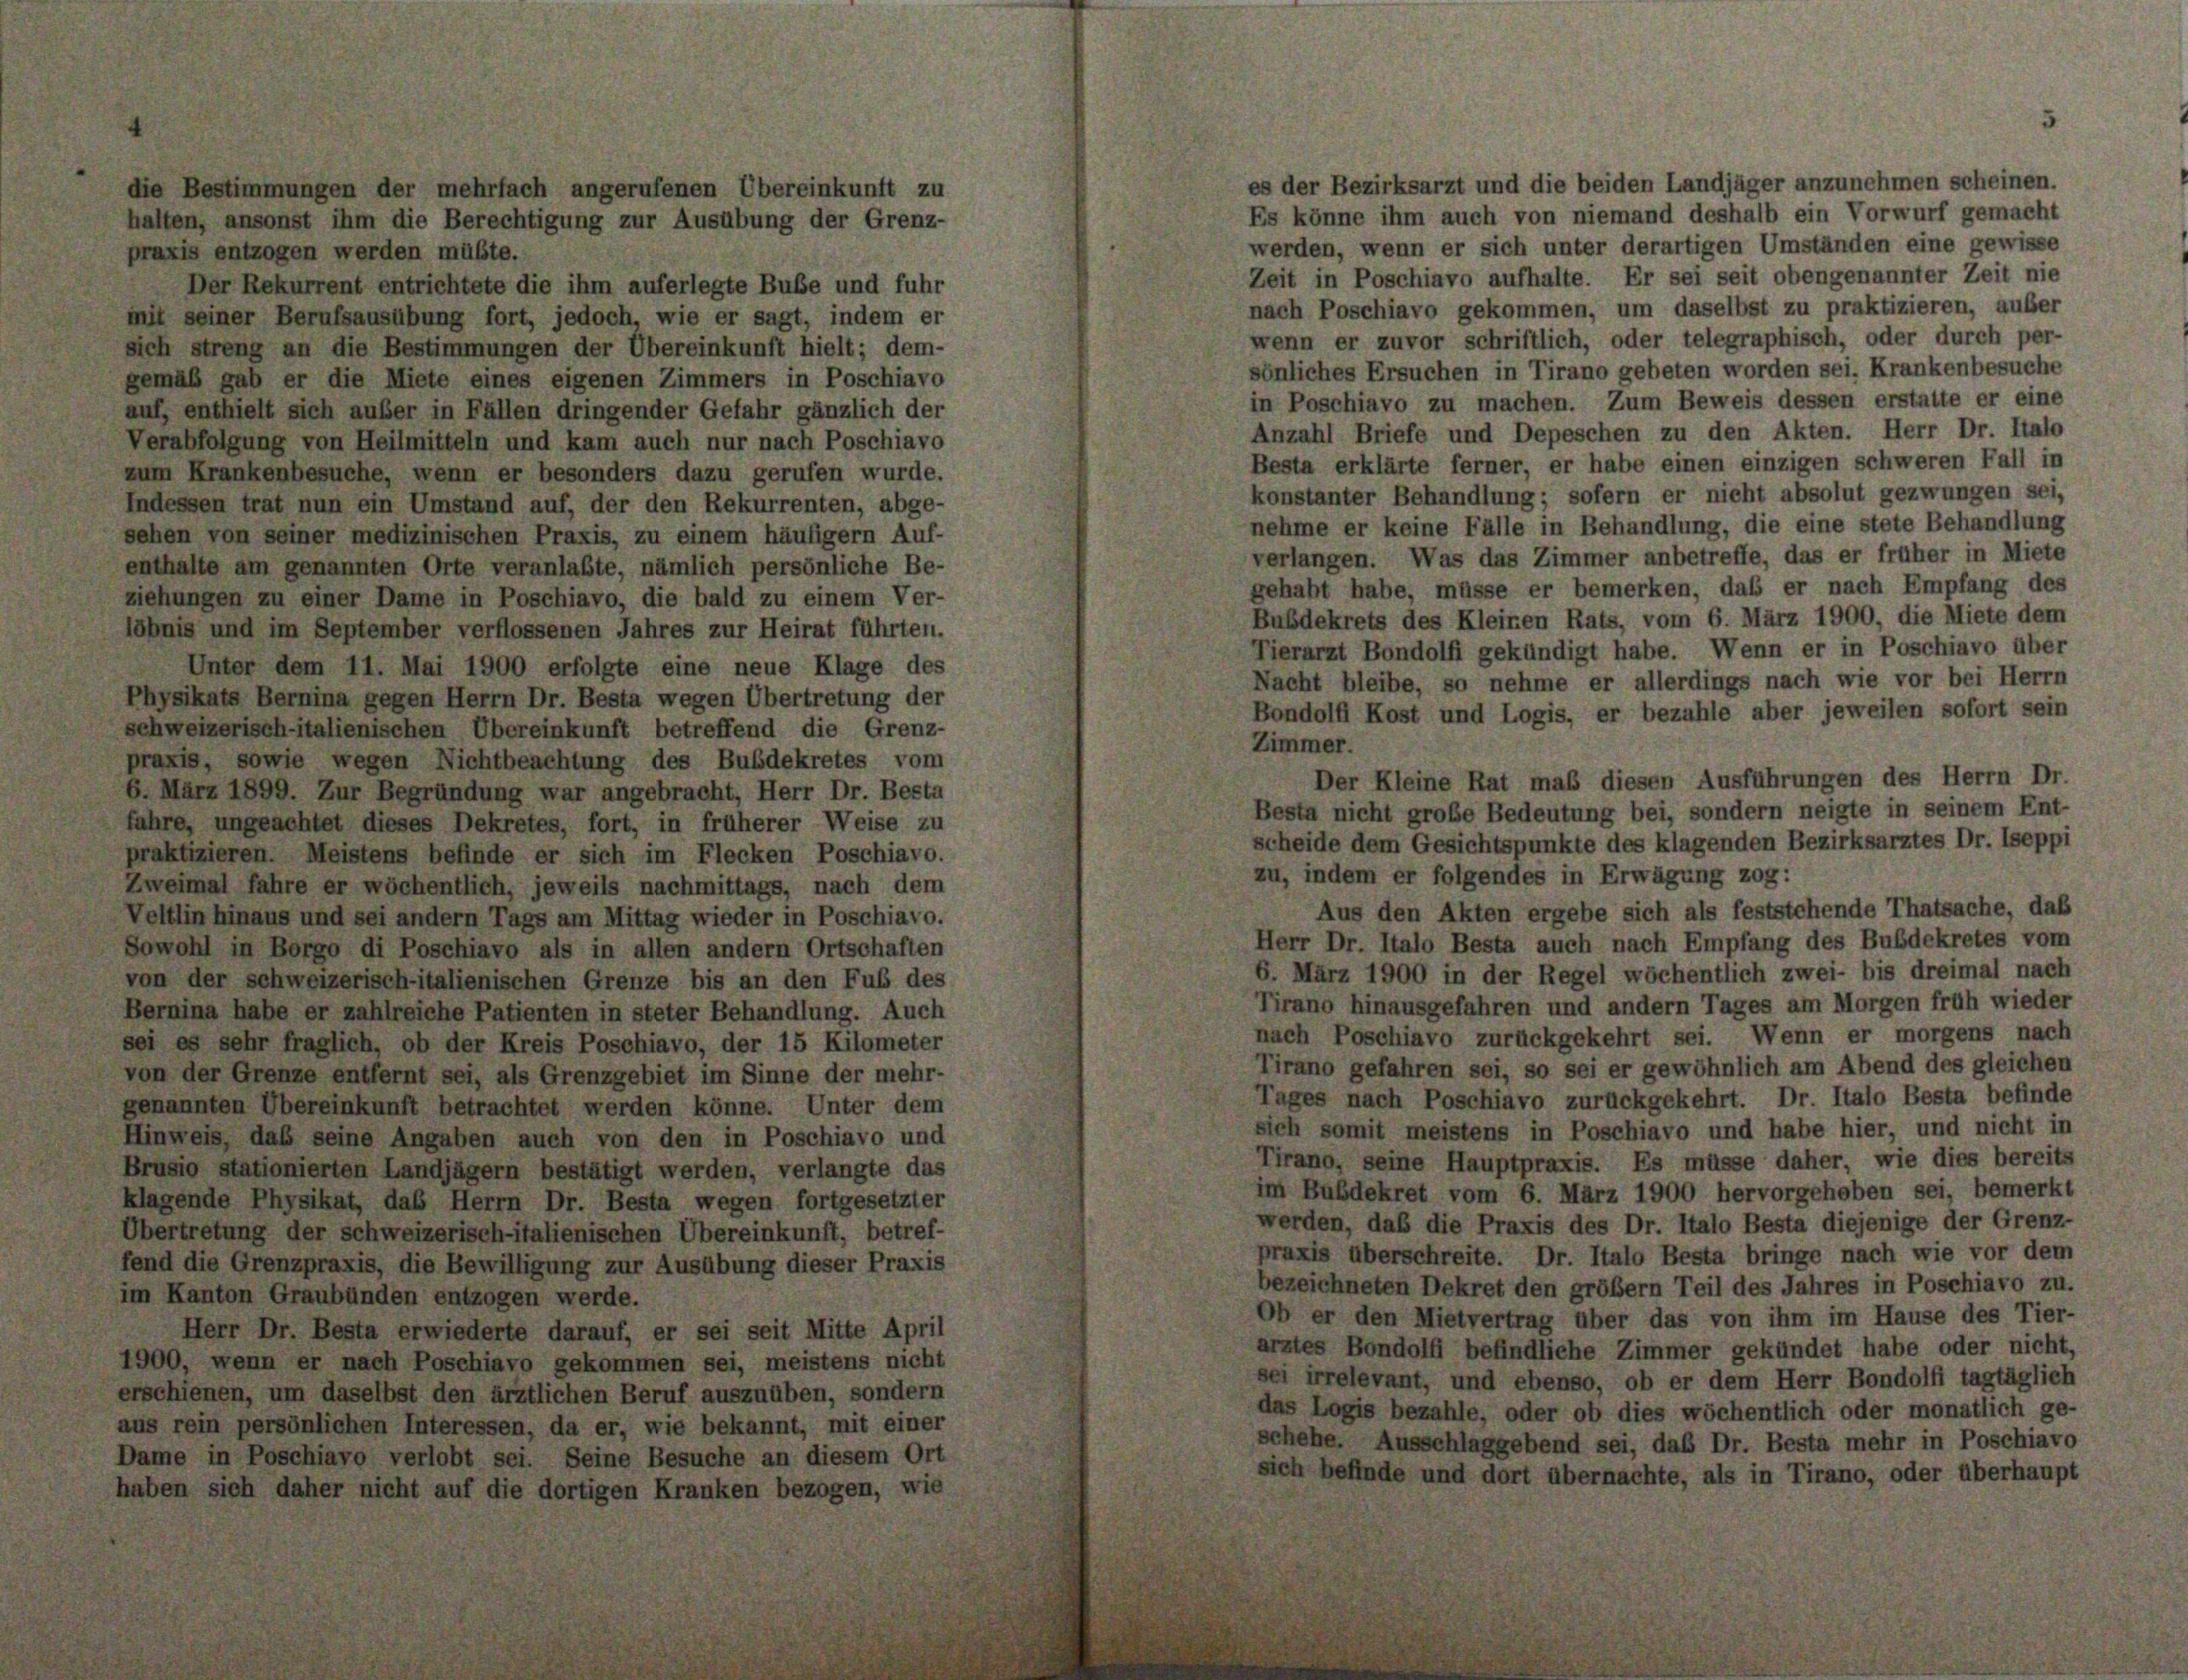
die Bestimmungen der mehrfach angerufenen Übereinkunft zu

halten, ansonst ihm die Berechtigung zur Ausübung der Grenz-
praxis entzogen werden müßte.
Der Rekurrent entrichtete die ihm auferlegte Buße und fuhr
mit seiner Berufsausübung fort, jedoch, wie er sagt, indem er
sich streng an die Bestimmungen der Übereinkunft hielt; dem-
gemäß gab er die Miete eines eigenen Zimmers in Poschiavo
auf, enthielt sich außer in Fällen dringender Gefahr gänzlich der
Verabfolgung von Heilmitteln und kam auch nur nach Poschiavo
zum Krankenbesuche, wenn er besonders dazu gerufen wurde.
Indessen trat nun ein Umstand auf, der den Rekurrenten, abge-
sehen von seiner medizinischen Praxis, zu einem häufiger Auf-
enthalte am genannten Orte veranlaßte, nämlich persönliche Be-
ziehungen zu einer Dame in Poschiavo, die bald zu einem Ver-
löbnis und im September verflossenen Jahres zur Heirat führten.
Unter dem 11. Mai 1900 erfolgte eine neue Klage des
Physikats Bernina gegen Herrn Dr. Besta wegen Übertretung der
schweizerisch-italienischen Übereinkunft betreffend die Grenz-
praxis, sowie wegen Nichtbeachtung des Bubdekretes vom
6. März 1899. Zur Begründung war angebracht, Herr Dr. Besta
fahre, ungeachtet dieses Dekretes, fort, in früherer Weise zu
praktizieren. Meistens befinde er sich im Flecken Poschiavo.
Zweimal fahre er wöchentlich, jeweils nachmittags, nach dem
Veltlin hinaus und sei andern Tags am Mittag wieder in Poschiavo.
Sowohl in Borgo di Poschiavo als in allen andern Ortschaften
von der schweizerisch-italienischen Grenze bis an den Fuß des
Bernina habe er zahlreiche Patienten in steter Behandlung. Auch
sei es sehr fraglich, ob der Kreis Poschiavo, der 15 Kilometer
von der Grenze entfernt sei, als Grenzgebiet im Sinne der mehr-
genannten Übereinkunft betrachtet werden könne. Unter dem
Hinweis, daß seine Angaben auch von den in Poschiavo und
Brusio stationierten Landjägern bestätigt werden, verlangte das
klagende Physikat, das Herrn Dr. Besta wegen fortgesetzter
Übertretung der schweizerisch-italienischen Übereinkunft, betref-
fend die Grenzpraxis, die Bewilligung zur Ausübung dieser Praxis
im Kanton Graubünden entzogen werde.
Herr Dr. Besta erwiederte darauf, er sei seit Mitte April
1900, wenn er nach Poschiavo gekommen sei, meistens nicht
erschienen, um daselbst den ärztlichen Beruf auszuüben, sondern
aus rein persönlichen Interessen, da er, wie bekannt, mit einer
Dame in Poschiavo verlobt sei. Seine Besuche an diesem Ort
haben sich daher nicht auf die dortigen Kranken bezogen, wie

es der Bezirksarzt und die beiden Landjäger anzunehmen scheinen.
Es könne ihm auch von niemand deshalb ein Vorwurf gemacht
werden, wenn er sich unter derartigen Umständen eine gewisse
Zeit in Poschiavo aufhalte. Er sei seit obengenannter Zeit nie
nach Poschiavo gekommen, um daselbst zu praktizieren, außer
wenn er zuvor schriftlich, oder telegraphisch, oder durch per-
sönliches Ersuchen in Tirano gebeten worden sei, Krankenbesuche
in Poschiavo zu machen. Zum Beweis dessen erstatte er eine
Anzahl Briefe und Depeschen zu den Akten. Herr Dr. Italo
Besta erklärte ferner, er habe einen einzigen schweren Fall in
konstanter Behandlung; sofern er nicht absolut gezwungen sei,
nehme er keine Fälle in Behandlung, die eine stete Behandlung
verlangen. Was das Zimmer anbetreffe, das er früher in Miete
gehabt habe, müsse er bemerken, daß er nach Empfang des
Bubdekrets des Kleinen Rats, vom 6. März 1900, die Miete dem
Tierarzt Bondolfi gekündigt habe. Wenn er in Poschiavo über
Nacht bleibe, so nehme er allerdings nach wie vor bei Herrn
Bondolf Kost und Logis, er bezahle aber jeweilen sofort sein
Zimmer.
Der Kleine Rat maß diesen Ausführungen des Herrn Dr.
Besta nicht große Bedeutung bei, sondern neigte in seinem Ent-
scheide dem Gesichtspunkte des klagenden Bezirksarztes Dr. Iseppi
zu, indem er folgendes in Erwägung zog:
Aus den Akten ergebe sich als feststehende Thatsache, daß
Herr Dr. Italo Besta auch nach Empfang des Bubdekretes vom
6. März 1900 in der Regel wöchentlich zwei- bis dreimal nach
Tirano hinausgefahren und andern Tages am Morgen früh wieder
nach Poschiavo zurückgekehrt sei. Wenn er morgens nach
Tirano gefahren sei, so sei er gewöhnlich am Abend des gleichen
Tages nach Poschiavo zurückgekehrt. Dr. Italo Besta befinde
sich somit meistens in Poschiavo und habe hier, und nicht in
Tirano, seine Hauptpraxis. Es müsse daher, wie dies bereits
im Bubdekret vom 6. März 1900 hervorgehoben sei, bemerkt
werden, daß die Praxis des Dr. Italo Besta diejenige der Grenz-
praxis überschreite. Dr. Italo Besta bringe nach wie vor dem
bezeichneten Dekret den großem Teil des Jahres in Poschiavo zu.
Ob er den Mietvertrag über das von ihm im Hause des Tier-
arztes Bondolfi befindliche Zimmer gekündet habe oder nicht,
sei irrelevant, und ebenso, ob er dem Herr Bondolfi tagtäglich
das Logis bezahle, oder ob dies wöchentlich oder monatlich ge-
schehe. Ausschlaggebend sei, daß Dr. Besta mehr in Poschiavo
sich befinde und dort übernachte, als in Tirano, oder überhaupt